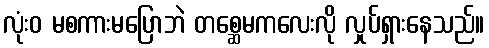
လုံးဝ မစကားမပြောဘဲ တစ္ဆေမကလေးလို လှုပ်ရှားနေသည်။